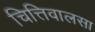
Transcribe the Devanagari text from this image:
चित्तिवालसा